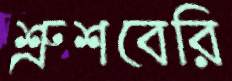
শ্রুশবেরি